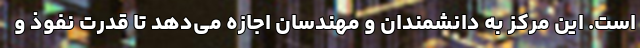
است. این مرکز به دانشمندان و مهندسان اجازه می‌دهد تا قدرت نفوذ و